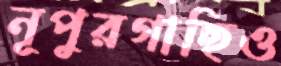
নূপুরগাছিও